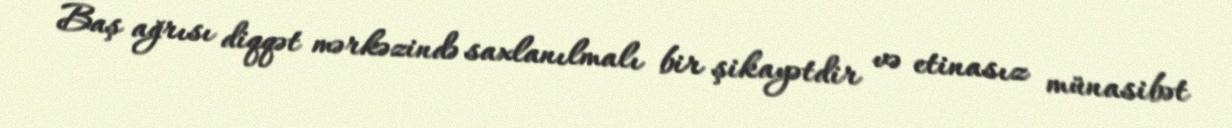
Baş ağrısı diqqət mərkəzində saxlanılmalı bir şikayətdir və etinasız münasibət